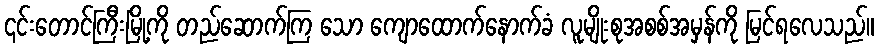
၎င်းတောင်ကြီးမြို့ကို တည်ဆောက်ကြ သော ကျောထောက်နောက်ခံ လူမျိုးစုအစစ်အမှန်ကို မြင်ရလေသည်။